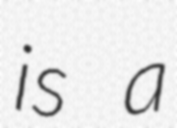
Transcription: is a